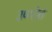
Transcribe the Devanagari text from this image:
उप्पोत